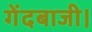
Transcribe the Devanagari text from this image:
गेंदबाजी।